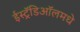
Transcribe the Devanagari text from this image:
ईस्ट्रॅडिऑलमधे